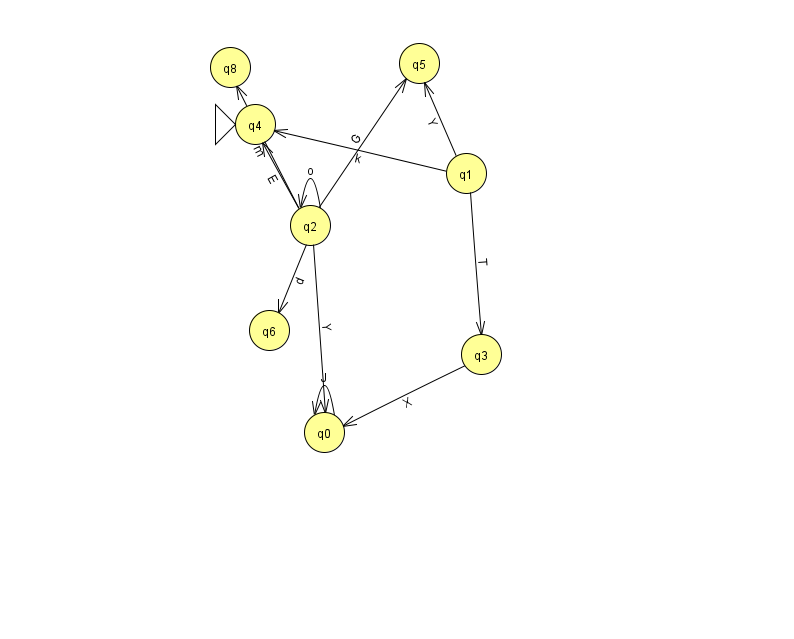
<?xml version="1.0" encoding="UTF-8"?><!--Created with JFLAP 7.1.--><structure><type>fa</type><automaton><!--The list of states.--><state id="0" name="q0"><x>324.0</x><y>419.0</y></state><state id="1" name="q1"><x>466.0</x><y>160.0</y></state><state id="2" name="q2"><x>310.0</x><y>212.0</y></state><state id="3" name="q3"><x>481.0</x><y>341.0</y></state><state id="4" name="q4"><x>255.0</x><y>111.0</y><initial/></state><state id="5" name="q5"><x>419.0</x><y>50.0</y></state><state id="6" name="q6"><x>269.0</x><y>317.0</y></state><state id="8" name="q8"><x>230.0</x><y>54.0</y></state><!--The list of transitions.--><transition><from>2</from><to>8</to><read>m</read></transition><transition><from>1</from><to>4</to><read>k</read></transition><transition><from>2</from><to>0</to><read>Y</read></transition><transition><from>1</from><to>5</to><read>Y</read></transition><transition><from>1</from><to>3</to><read>T</read></transition><transition><from>2</from><to>4</to><read>E</read></transition><transition><from>3</from><to>0</to><read>X</read></transition><transition><from>0</from><to>0</to><read>J</read></transition><transition><from>2</from><to>5</to><read>G</read></transition><transition><from>2</from><to>6</to><read>d</read></transition><transition><from>2</from><to>2</to><read>o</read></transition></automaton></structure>